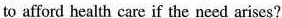
to afford health care if the need arises?